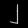
Digit: ၂